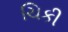
ચિકી